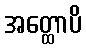
အတ္ထောပိ